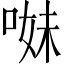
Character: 𠵈